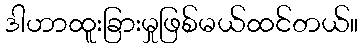
ဒါဟာထူးခြားမှုဖြစ်မယ်ထင်တယ်။